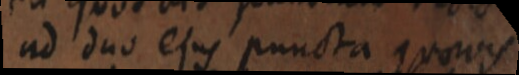
ad duo ejus puncta quovis